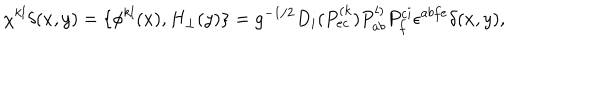
LaTeX: \chi ^ { k l } \delta ( x , y ) = \{ \phi ^ { k l } ( x ) , H _ { \perp } ( y ) \} = g ^ { - 1 / 2 } D _ { i } ( P _ { e c } ^ { ( k } ) P _ { a b } ^ { l ) } P _ { f } ^ { c i } \epsilon ^ { a b f e } \delta ( x , y ) ,